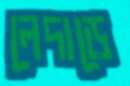
লেদাড়ে